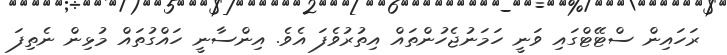
ރަހައިން ސްޓޭޓްގައި ވަނީ ހަމަނުޖެހުންތައް އިތުރުވެފަ އެވެ. އިންސާނީ ހައްގުތައް މުޅިން ނެތިފަ